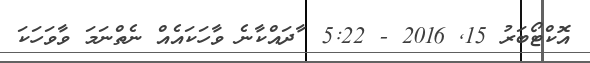
އޮކްޓޯބަރު 15